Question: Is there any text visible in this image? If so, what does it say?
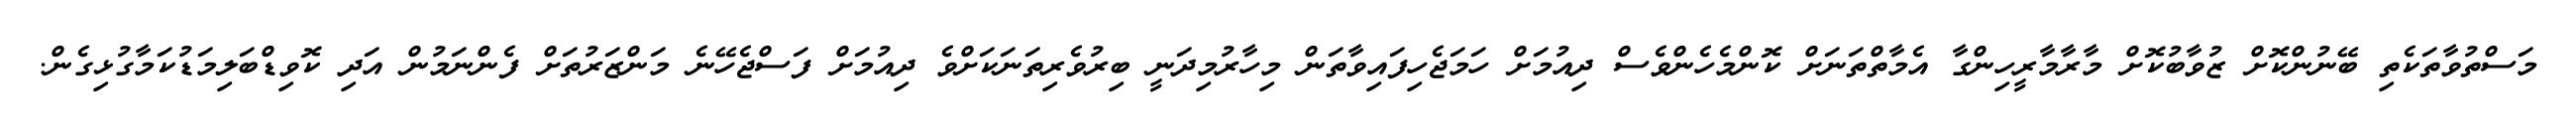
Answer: މަސްތުވާތަކެތި ބޭނުންކޮށް ޒުވާބުކޮށް މާރާމާރީހިންގާ އެމާތްތަނަށް ކޮންމެހެންވެސް ދިއުމަށް ހަމަޖެހިފައިވާތަން މިހާރުމިދަނީ ބިރުވެރިތަނަކަށްވެ ދިއުމަށް ފަސްޖެހޭނެ މަންޒަރުތަށް ފެންނަމުން އަދި ކޮވިޑްބަލިމަޑުކަމާގުޅިގެން.